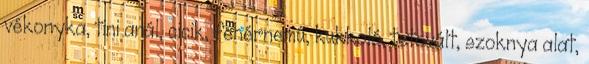
vékonyka, tini anál, cicik, fehérnemű, kukkoló, tetovált, szoknya alat,